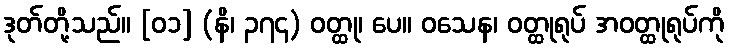
ဒုတ်တို့သည်။ [၀၁] (နိ၊ ၃၇၄) ဝတ္ထု၊ ပေ။ ဝသေန၊ ဝတ္ထုရုပ် အဝတ္ထုရုပ်ကို